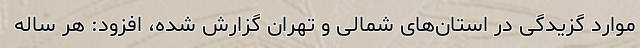
موارد گزیدگی در استان‌های شمالی و تهران گزارش شده‌، افزود: هر ساله